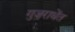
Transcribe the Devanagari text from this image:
गुजराथेंत